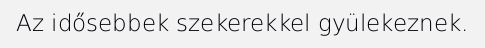
Az idősebbek szekerekkel gyülekeznek.